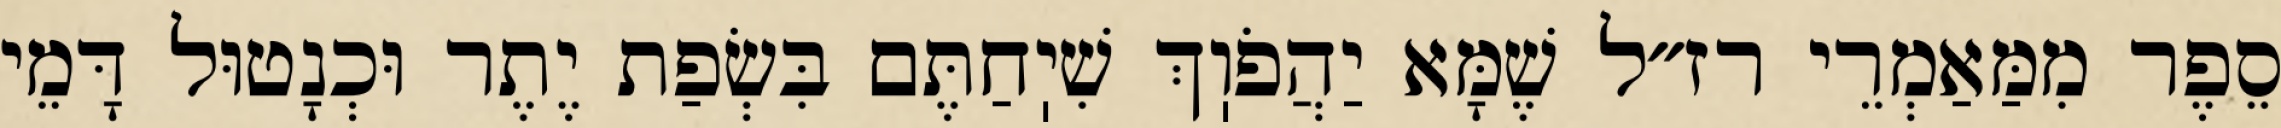
סֵפֶר מִמַּאַמְרֵי רז״ל שֶׁמָּא יַהֲפֹוֽךְ שִׁיֽחַתֶּם בִּשְׂפַת יֶתֶר וּכְנָטוּל דָּמֵי